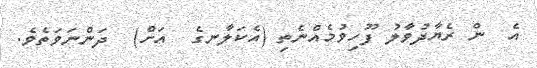
އެ  ން ރެޔާދުވާލު ފޫހިވުމެއްނެތި (އެކަލާނގެ  އަށް)  ދަންނަވަތެވެ.